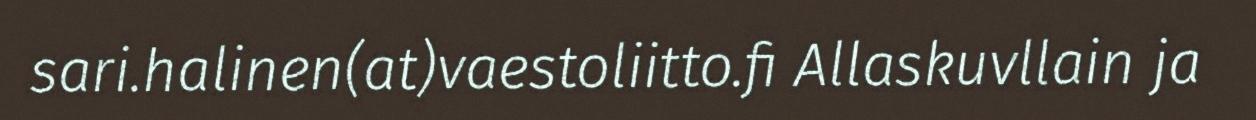
sari.halinen(at)vaestoliitto.fi Allaskuvllain ja